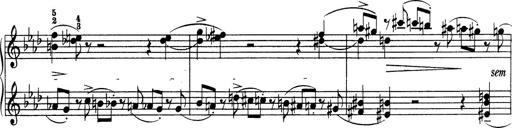
Title: Variationen Ã¼ber das Motiv von Bach
Composer: Franz Liszt